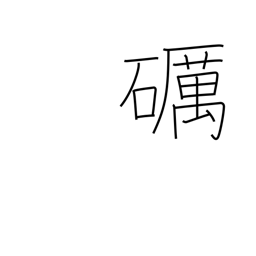
Meaning: polish